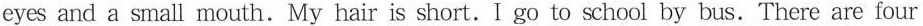
eyes and a small mouth.My hair is short.I go to school by bus. There are four